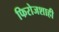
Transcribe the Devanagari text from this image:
फिरोजशाही